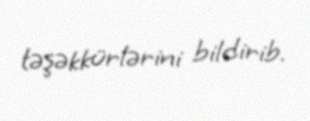
təşəkkürlərini bildirib.